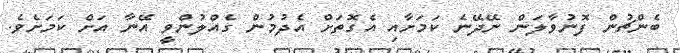
ބެންޗުން ފޮނުވާލަން ނޭދޭނެ ކަމަށާއި އެގޮތަށް އެދުމުން ގެއްލުންވީ އޭނާ އަށް ކަމަށެވެ.